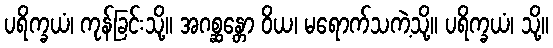
ပရိက္ခယံ၊ ကုန်ခြင်းသို့။ အဂစ္ဆန္တော ဝိယ၊ မရောက်သကဲ့သို့။ ပရိက္ခယံ၊ သို့။